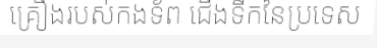
គ្រឿងរបស់កងទ័ព ជើងទឹកនៃប្រទេស